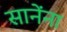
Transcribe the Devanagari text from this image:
सानेंना